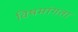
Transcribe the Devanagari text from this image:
विषमांगता